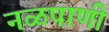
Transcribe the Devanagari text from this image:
नळपाणी